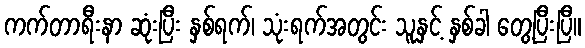
ကက်တာရီးနာ ဆုံးပြီး နှစ်ရက်၊ သုံးရက်အတွင်း သူနှင့် နှစ်ခါ တွေ့ပြီးပြီ။